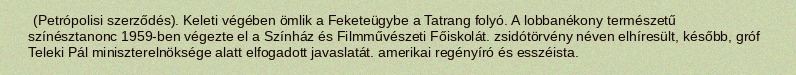
(Petrópolisi szerződés). Keleti végében ömlik a Feketeügybe a Tatrang folyó. A lobbanékony természetű színésztanonc 1959-ben végezte el a Színház és Filmművészeti Főiskolát. zsidótörvény néven elhíresült, később, gróf Teleki Pál miniszterelnöksége alatt elfogadott javaslatát. amerikai regényíró és esszéista.